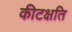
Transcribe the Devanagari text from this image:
कीटक्षति